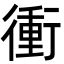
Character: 衝